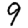
Digit: 9